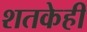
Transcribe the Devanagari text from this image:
शतकेही